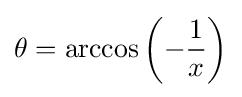
\theta =\arccos \left(-{\frac {1}{x}}\right)